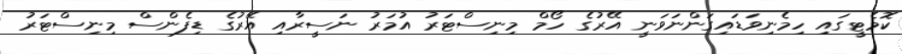
ކޮމެޓީގައި ހިމެނިވަޑައިގަންނަވަނީ އޭރުގެ ހޯމް މިނިސްޓަރު އުމަރު ނަސީރާއި އޭރުގެ ޑިފެންސް މިނިސްޓަރު